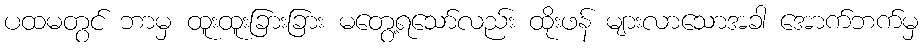
ပထမတွင် ဘာမှ ထူးထူးခြားခြား မတွေ့ရသော်လည်း ထိုးဖန် များလာသောအခါ အောက်ဘက်မှ